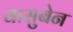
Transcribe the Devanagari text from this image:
वासुबेन